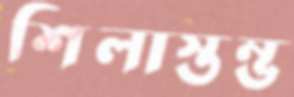
শিলাস্তম্ভ